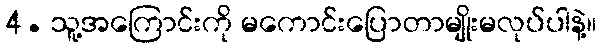
4. သူ့အကြောင်းကို မကောင်းပြောတာမျိုးမလုပ်ပါနဲ့။